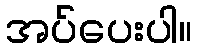
အပ်ပေးပါ။